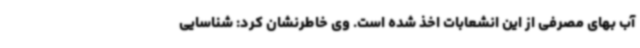
آب بهای مصرفی از این انشعابات اخذ شده است. وی خاطرنشان کرد: شناسایی